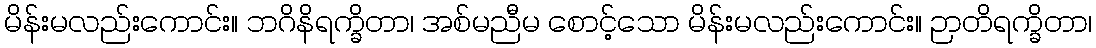
မိန်းမလည်းကောင်း။ ဘဂိနိရက္ခိတာ၊ အစ်မညီမ စောင့်သော မိန်းမလည်းကောင်း။ ဉာတိရက္ခိတာ၊